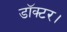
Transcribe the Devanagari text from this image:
डाॅक्टर।